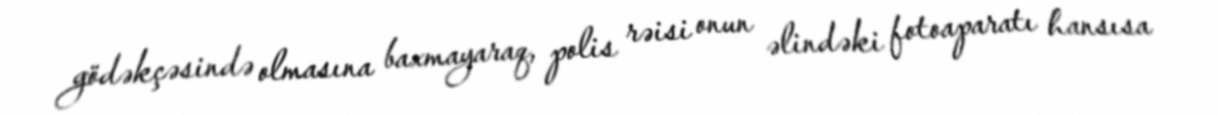
gödəkçəsində olmasına baxmayaraq, polis rəisi onun əlindəki fotoaparatı hansısa